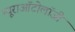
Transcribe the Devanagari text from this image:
न्यूराऑटोलॉजी